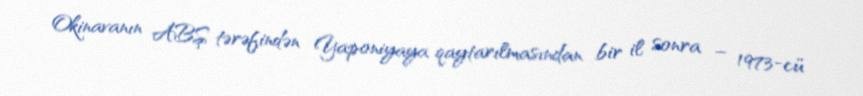
Okinavanın ABŞ tərəfindən Yaponiyaya qaytarılmasından bir il sonra – 1973-cü